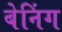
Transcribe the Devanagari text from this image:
बेनिंग